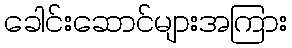
ခေါင်းဆောင်များအကြား